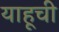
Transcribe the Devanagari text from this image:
याहूची